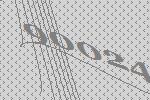
90024